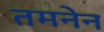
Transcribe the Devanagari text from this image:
तमनेन